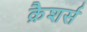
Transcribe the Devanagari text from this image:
क्रैशर्स